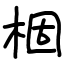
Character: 棝